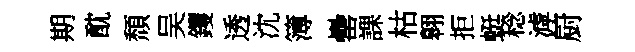
期酖頹吴钁透沈簿罍課枯翱拒蜓稔滹厨